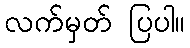
လက်မှတ် ပြပါ။